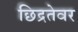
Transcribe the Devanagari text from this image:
छिद्रतेवर